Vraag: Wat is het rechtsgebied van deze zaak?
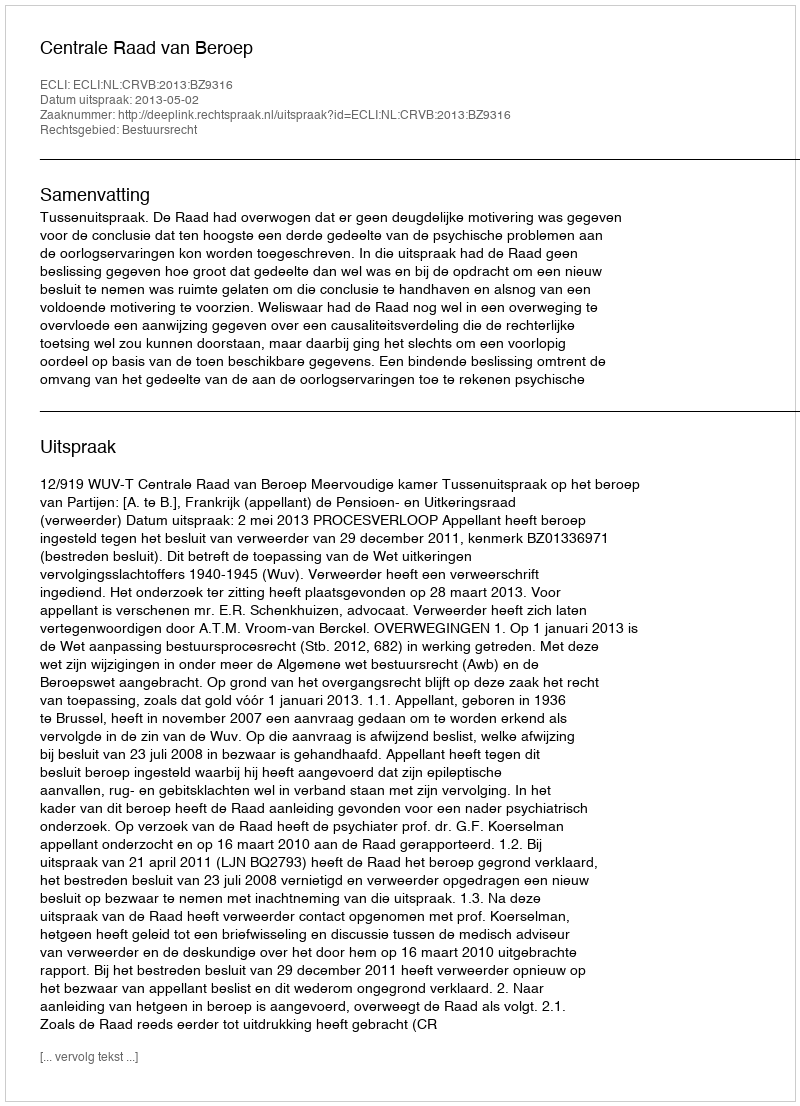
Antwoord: Bestuursrecht